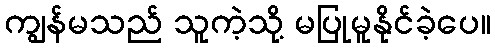
ကျွန်မသည် သူကဲ့သို့ မပြုမူနိုင်ခဲ့ပေ။